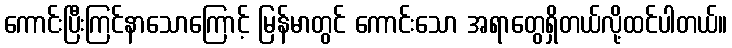
ကောင်းပြီးကြင်နာသောကြောင့် မြန်မာတွင် ကောင်းသော အရာတွေရှိတယ်လို့ထင်ပါတယ်။